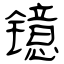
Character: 镱